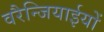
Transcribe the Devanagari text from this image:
वरैन्जियाईयों